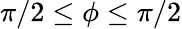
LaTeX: \pi/2\leq\phi\leq\pi/2